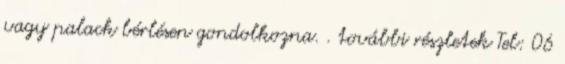
vagy palack bérlésen gondolkozna. . további részletek Tel: 06